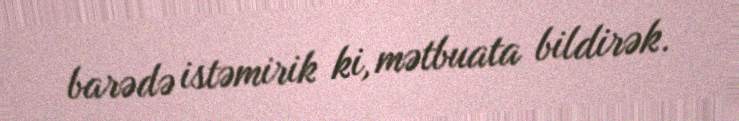
barədə istəmirik ki, mətbuata bildirək.